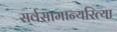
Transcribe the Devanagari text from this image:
सर्वसामान्यरित्या